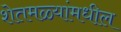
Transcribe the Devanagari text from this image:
शेतमळ्यांमधील